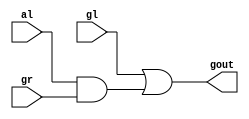
module dot(gl,al,gr,gout);
    input gl,al,gr;
    output gout;
    assign gout=gl|(al&gr);
 
endmodule //dot

module circle(gl,al,gr,ar,gout,aout);
    input gl,al,gr,ar;
    output gout,aout;
    assign gout=gl|(al&gr);
    assign aout=al&ar;
endmodule//circle

module dff(a,clock,q);
    input a,clock;
    output q;
    reg q;
    always@(posedge clock)
    begin 
   	q<=a;
    end
endmodule

module df(a,clock,q);
    input [31:0]a;
    input clock;
    output [31:0]q;
    reg [31:0]q;
    always@(posedge clock)
    begin
   	q<=a;
    end
endmodule

module prefixadder(A,B,cin,sum,cout,clock);
    input [31:0]A,B;
    input cin,clock;
    output[31:0]sum;
    output cout;
   
    wire [31:0]g,a,p;
    wire [129:0]w;
    wire [252:0]d;
    wire[31:0]k,h,i,j;
	
    assign g=A&B;
    assign p=A^B;
    assign a=p|g;
	
    dot b1(g[0],a[0],cin,w[0]);
    circle w1(g[2],a[2],g[1],a[1],w[1],w[2]);
    circle w2(g[4],a[4],g[3],a[3],w[3],w[4]);
    circle w3(g[6],a[6],g[5],a[5],w[5],w[6]);
    dot b2(d[155],d[156],d[0],w[7]);
 
    dff d1(w[0],clock,d[0]);
    dff d2(w[1],clock,d[1]);
    dff d3(w[2],clock,d[2]);
    dff d4(w[3],clock,d[3]);
    dff d5(w[4],clock,d[4]);
    dff d6(w[5],clock,d[5]);
    dff d7(w[6],clock,d[6]);
    dff d156(g[1],clock,d[155]);
    dff d157(a[1],clock,d[156]);
    dff d8(w[7],clock,d[7]);

    
    dot b3(d[1],d[2],d[0],w[8]);
    dff d9(w[8],clock,d[8]);
    
    dff d158(g[5],clock,d[157]);
    dff d159(a[5],clock,d[158]);
    circle w4(d[157],d[158],d[3],d[4],w[9],w[10]);
    dff d10(w[9],clock,d[9]);
    dff d11(w[10],clock,d[10]);
    circle w5(d[5],d[6],d[3],d[4],w[11],w[12]);
    dff d12(w[11],clock,d[11]);
    dff d13(w[12],clock,d[12]);
    
    dff d160(g[3],clock,d[159]);
    dff d161(a[3],clock,d[160]);
    dff d162(d[159],clock,d[161]);
    dff d163(d[160],clock,d[162]);
    dot b4(d[161],d[162],d[8],w[13]);
    dff d14(w[13],clock,d[13]);
    
    dff d208(d[3],clock,d[207]);
    dff d209(d[4],clock,d[208]);
    dot b5(d[207],d[208],d[8],w[14]);
    dff d15(w[14],clock,d[14]);
    
    dot b6(d[9],d[10],d[8],w[15]);
    dff d16(w[15],clock,d[15]);
	dot b7(d[11],d[12],w[8],w[16]);
    dff d17(w[16],clock,d[16]);
    
    circle w6(g[8],a[8],g[7],a[7],w[17],w[18]);
    dff d18(w[17],clock,d[17]);
    dff d19(w[18],clock,d[18]);
    circle w7(g[10],a[10],g[9],a[9],w[19],w[20]);
    dff d20(w[19],clock,d[19]);
    dff d21(w[20],clock,d[20]);
    
    circle w8(g[12],a[12],g[11],a[11],w[21],w[22]);
    dff d22(w[21],clock,d[21]);
    dff d23(w[22],clock,d[22]);

    circle w9(g[14],a[14],g[13],a[13],w[23],w[24]);
    dff d24(w[23],clock,d[23]);
    dff d25(w[24],clock,d[24]);

    circle w10(g[16],a[16],g[15],a[15],w[25],w[26]);
    dff d26(w[25],clock,d[25]);
    dff d27(w[26],clock,d[26]);

    circle w11(g[18],a[18],g[17],a[17],w[27],w[28]);
    dff d28(w[27],clock,d[27]);
    dff d29(w[28],clock,d[28]);

    circle w12(g[20],a[20],g[19],a[19],w[29],w[30]);
    dff d30(w[29],clock,d[29]);
    dff d31(w[30],clock,d[30]);

    circle w13(g[22],a[22],g[21],a[21],w[31],w[32]);
    dff d32(w[31],clock,d[31]);
    dff d33(w[32],clock,d[32]);

    circle w14(g[24],a[24],g[23],a[23],w[33],w[34]);
    dff d34(w[33],clock,d[33]);
    dff d35(w[34],clock,d[34]);

    circle w15(g[26],a[26],g[25],a[25],w[35],w[36]);
    dff d36(w[35],clock,d[35]);
    dff d37(w[36],clock,d[36]);

    circle w16(g[28],a[28],g[27],a[27],w[37],w[38]);
    dff d38(w[37],clock,d[37]);
    dff d39(w[38],clock,d[38]);

    circle w17(g[30],a[30],g[29],a[29],w[39],w[40]);
    dff d40(w[39],clock,d[39]);
    dff d41(w[40],clock,d[40]);
    
    //level 2
    
    dff d164(g[9],clock,d[163]);
    dff d165(a[9],clock,d[164]);
    circle w18(d[163],d[164],d[17],d[18],w[41],w[42]);
    dff d42(w[41],clock,d[41]);
    dff d43(w[42],clock,d[42]);
    
    circle w19(d[19],d[20],d[17],d[18],w[43],w[44]);
    dff d44(w[43],clock,d[43]);
    dff d45(w[44],clock,d[44]);
    
    dff d166(g[13],clock,d[165]);
    dff d167(a[13],clock,d[166]);
    circle w20(d[165],d[166],d[21],d[22],w[45],w[46]);
    dff d46(w[45],clock,d[45]);
    dff d47(w[46],clock,d[46]);

    circle w21(d[23],d[24],d[21],d[22],w[47],w[48]);
    dff d48(w[47],clock,d[47]);
    dff d49(w[48],clock,d[48]);

    dff d168(g[17],clock,d[167]);
    dff d169(a[17],clock,d[168]);
    circle w22(d[167],d[168],d[25],d[26],w[49],w[50]);
    dff d50(w[49],clock,d[49]);
    dff d51(w[50],clock,d[50]);

    circle w23(d[27],d[28],d[25],d[26],w[51],w[52]);
    dff d52(w[51],clock,d[51]);
    dff d53(w[52],clock,d[52]);

    dff d170(g[21],clock,d[169]);
    dff d171(a[21],clock,d[170]);
    circle w24(d[169],d[170],d[29],d[30],w[53],w[54]);
    dff d54(w[53],clock,d[53]);
    dff d55(w[54],clock,d[54]);


    circle w25(d[31],d[32],d[29],d[30],w[55],w[56]);
    dff d56(w[55],clock,d[55]);
    dff d57(w[56],clock,d[56]);
    
    dff d172(g[25],clock,d[171]);
    dff d173(a[25],clock,d[172]);
    circle w26(d[171],d[172],d[33],d[34],w[57],w[58]);
    dff d58(w[57],clock,d[57]);
    dff d59(w[58],clock,d[58]);

    circle w27(d[35],d[36],d[33],d[34],w[59],w[60]);
    dff d60(w[59],clock,d[59]);
    dff d61(w[60],clock,d[60]);

    dff d174(g[29],clock,d[173]);
    dff d175(a[29],clock,d[174]);
    circle w28(d[173],d[174],d[37],d[38],w[61],w[62]);
    dff d62(w[61],clock,d[61]);
    dff d63(w[62],clock,d[62]);

    circle w29(d[39],d[40],d[37],d[38],w[63],w[64]);
    dff d64(w[63],clock,d[63]);
    dff d65(w[64],clock,d[64]);

    //level 3
    
    dff d176(g[11],clock,d[175]);
    dff d177(a[11],clock,d[176]);

    dff d178(d[175],clock,d[177]);
    dff d179(d[176],clock,d[178]);
    circle w30(d[177],d[178],d[43],d[44],w[65],w[66]);
    dff d66(w[65],clock,d[65]);
    dff d67(w[66],clock,d[66]);

    dff d210(d[21],clock,d[209]);
    dff d211(d[21],clock,d[210]);


    circle w31(d[209],d[210],d[43],d[44],w[67],w[68]);
    dff d68(w[67],clock,d[67]);
    dff d69(w[68],clock,d[68]);

    circle w32(d[45],d[46],d[43],d[44],w[69],w[70]);
    dff d70(w[69],clock,d[69]);
    dff d71(w[70],clock,d[70]);

    circle w33(d[47],d[48],d[43],d[44],w[71],w[72]);
    dff d72(w[71],clock,d[71]);
    dff d73(w[72],clock,d[72]);
    
    dff d180(g[19],clock,d[179]);
    dff d181(a[19],clock,d[180]);
    
    dff d182(d[179],clock,d[181]);
    dff d183(d[180],clock,d[182]);
    circle w34(d[181],d[182],d[51],d[52],w[73],w[74]);
    dff d74(w[73],clock,d[73]);
    dff d75(w[74],clock,d[74]);

     dff d212(d[29],clock,d[211]);
     dff d213(d[30],clock,d[212]);

    circle w35(d[211],d[212],d[51],d[52],w[75],w[76]);
    dff d76(w[75],clock,d[75]);
    dff d77(w[76],clock,d[76]);

    circle w36(d[53],d[54],d[51],d[52],w[77],w[78]);
    dff d78(w[77],clock,d[77]);
    dff d79(w[78],clock,d[78]);

    circle w37(d[55],d[56],d[51],d[52],w[79],w[80]);
    dff d80(w[79],clock,d[79]);
    dff d81(w[80],clock,d[80]);
    
    dff d184(g[27],clock,d[183]);
    dff d185(a[27],clock,d[184]);

    dff d186(d[183],clock,d[184]);
    dff d187(d[184],clock,d[186]);
    circle w38(d[184],d[186],d[59],d[60],w[81],w[82]);
    dff d82(w[81],clock,d[81]);
    dff d83(w[82],clock,d[82]);

    dff d214(d[37],clock,d[213]);
    dff d215(d[38],clock,d[214]);

    circle w39(d[213],d[214],d[59],d[60],w[83],w[84]);
    dff d84(w[83],clock,d[83]);
    dff d85(w[84],clock,d[84]);

    circle w40(d[61],d[62],d[59],d[60],w[85],w[86]);
    dff d86(w[85],clock,d[85]);
    dff d87(w[86],clock,d[86]);

    circle w41(d[63],d[64],d[59],d[60],w[87],w[88]);
    dff d88(w[87],clock,d[87]);
    dff d89(w[88],clock,d[88]);

    //level 4
    dff d188(g[7],clock,d[187]);
    dff d189(a[7],clock,d[188]);
    
    dff d190(d[187],clock,d[189]);
    dff d191(d[188],clock,d[190]);

    dff d192(d[189],clock,d[191]);
    dff d193(d[190],clock,d[192]);
    dot b8(d[191],d[192],d[16],w[89]);
    dff d90(w[89],clock,d[89]);
    
    dff d216(d[17],clock,d[215]);
    dff d217(d[18],clock,d[216]);

    dff d218(d[215],clock,d[217]);
    dff d219(d[216],clock,d[218]);
    dot b9(d[217],d[218],d[16],w[90]);
    dff d91(w[90],clock,d[90]);
     
    dff d220(d[41],clock,d[219]);
    dff d221(d[42],clock,d[220]);
    dot b10(d[219],d[220],d[16],w[91]);
    dff d92(w[91],clock,d[91]);
    
    dff d222(d[43],clock,d[221]);
    dff d223(d[44],clock,d[222]);
    dot b11(d[221],d[222],d[16],w[92]);
    dff d93(w[92],clock,d[92]);

    dot b12(d[65],d[66],d[16],w[93]);
    dff d94(w[93],clock,d[93]);

    dot b13(d[67],d[68],d[16],w[94]);
    dff d95(w[94],clock,d[94]);

    dot b14(d[69],d[70],d[16],w[95]);
    dff d96(w[95],clock,d[95]);

    dot b15(d[71],d[72],d[16],w[96]);
    dff d97(w[96],clock,d[96]);
    
    dff d194(g[23],clock,d[193]);
    dff d195(a[23],clock,d[194]);

    dff d196(d[193],clock,d[195]);
    dff d197(d[194],clock,d[196]);

    dff d198(d[195],clock,d[197]);
    dff d199(d[196],clock,d[198]);
    circle w42(d[197],d[198],d[79],d[80],w[97],w[98]);
    dff d98(w[97],clock,d[97]);
    dff d99(w[98],clock,d[98]);
   
    dff d224(d[33],clock,d[223]);
    dff d225(d[34],clock,d[224]);

    dff d226(d[223],clock,d[224]);
    dff d227(d[224],clock,d[226]);
    circle w43(d[33],d[34],d[79],d[80],w[99],w[100]);
    dff d100(w[99],clock,d[99]);
    dff d101(w[100],clock,d[100]);
    
    dff d228(d[57],clock,d[227]);
    dff d229(d[58],clock,d[228]);
    circle w44(d[227],d[228],d[79],d[80],w[101],w[102]);
    dff d102(w[101],clock,d[101]);
    dff d103(w[102],clock,d[102]);
    
    dff d230(d[59],clock,d[229]);
    dff d231(d[60],clock,d[230]);
    circle w45(d[229],d[230],d[79],d[80],w[103],w[104]);
    dff d104(w[103],clock,d[103]);
    dff d105(w[104],clock,d[104]);
    
    circle w46(d[81],d[82],d[79],d[80],w[105],w[106]);
    dff d106(w[105],clock,d[105]);
    dff d107(w[106],clock,d[106]);

    circle w47(d[83],d[84],d[79],d[80],w[107],w[108]);
    dff d108(w[107],clock,d[107]);
    dff d109(w[108],clock,d[108]);
    circle w48(d[85],d[86],d[79],d[80],w[109],w[110]);
    dff d110(w[109],clock,d[109]);
    dff d111(w[110],clock,d[110]);
    circle w49(d[87],d[88],d[79],d[80],w[111],w[112]);
    dff d112(w[111],clock,d[111]);
    dff d113(w[112],clock,d[112]);
    //level 5
    dff d200(g[13],clock,d[199]);
    dff d201(a[13],clock,d[200]);
    
    dff d202(d[199],clock,d[201]);
    dff d203(d[200],clock,d[202]);
   
    dff d204(d[201],clock,d[203]);
    dff d205(d[202],clock,d[204]);
    
    dff d206(d[203],clock,d[205]);
    dff d207(d[204],clock,d[206]);
    dot b16(d[205],d[206],d[96],w[113]);
    

    dff d232(d[25],clock,d[231]);
    dff d233(d[26],clock,d[232]);

    dff d234(d[231],clock,d[233]);
    dff d235(d[232],clock,d[234]);
    
    dff d236(d[233],clock,d[235]);
    dff d237(d[234],clock,d[236]);
    dot b17(d[235],d[236],d[96],w[114]);
     
    dff d238(d[49],clock,d[237]);
    dff d239(d[50],clock,d[238]);

    dff d240(d[237],clock,d[239]);
    dff d241(d[238],clock,d[240]);
    dot b18(d[239],d[240],d[96],w[115]);
     

    dff d242(d[51],clock,d[241]);
    dff d243(d[52],clock,d[242]);

    dff d244(d[241],clock,d[243]);
    dff d245(d[242],clock,d[244]);
    dot b19(d[243],d[244],d[96],w[116]);
     

    dff d246(d[73],clock,d[245]);
    dff d247(d[74],clock,d[246]);
    dot b20(d[245],d[246],d[96],w[117]);
     
    
    dff d248(d[75],clock,d[247]);
    dff d249(d[76],clock,d[248]);
    dot b21(d[247],d[248],d[96],w[118]);
     

    dff d250(d[77],clock,d[249]);
    dff d251(d[78],clock,d[250]);
    dot b22(d[77],d[78],d[96],w[119]);
     

    dff d252(d[79],clock,d[251]);
    dff d253(d[80],clock,d[252]);
    dot b23(d[251],d[252],d[96],w[120]);
     
    dot b24(d[97],d[98],d[96],w[121]);
     
    dot b25(d[99],d[100],d[96],w[122]);
     
    dot b26(d[101],d[102],d[96],w[123]);
     
    dot b27(d[103],d[104],d[96],w[124]);
     
    dot b28(d[105],d[106],d[96],w[125]);
        
    dot b29(d[107],d[108],d[96],w[126]);
    
    dot b30(d[109],d[110],d[96],w[127]);
     
    dot b31(d[111],d[112],d[96],w[128]);
     
    
    dff d140(cin,clock,d[139]);
    dff d141(d[139],clock,d[140]);
    dff d142(d[140],clock,d[141]);
    dff d143(d[141],clock,d[142]);
     

    df e1(p,clock,k);
    df e2(k,clock,h);
    df e3(h,clock,i);
    df e4(i,clock,j);
    assign sum[0]=j[0]^d[142];
    
    dff d145(d[0],clock,d[144]);
    dff d146(d[144],clock,d[145]);
    dff d147(d[145],clock,d[146]);


    assign sum[1]=j[1]^d[146];
    
    dff d148(d[7],clock,d[147]);
    dff d149(d[147],clock,d[148]);
    assign sum[2]=j[2]^d[148];
    
    dff d150(d[8],clock,d[149]);
    dff d151(d[149],clock,d[150]); 
    assign sum[3]=j[3]^d[150];
	
    dff d152(d[13],clock,d[151]);
    assign sum[4]=j[4]^d[151];

    dff d153(d[14],clock,d[152]);
	assign sum[5]=j[5]^d[152];

    dff d154(d[15],clock,d[153]);
	assign sum[6]=j[6]^d[153];

    dff d155(d[16],clock,d[154]);
	assign sum[7]=j[7]^d[154];
    
     
	assign sum[8]=j[8]^d[89];
	assign sum[9]=j[9]^d[90];
	assign sum[10]=j[10]^d[91];
	assign sum[11]=j[11]^d[92];
	assign sum[12]=j[12]^d[93];
	assign sum[13]=j[13]^d[94];
	assign sum[14]=j[14]^d[95];
	assign sum[15]=j[15]^d[96];
	assign sum[16]=j[16]^w[113];
	assign sum[17]=j[17]^w[114];
	assign sum[18]=j[18]^w[115];
	assign sum[19]=j[19]^w[116];
	assign sum[20]=j[20]^w[117];
	assign sum[21]=j[21]^w[118];
	assign sum[22]=j[22]^w[119];
	assign sum[23]=j[23]^w[120];
	assign sum[24]=j[24]^w[121];
	assign sum[25]=j[25]^w[122];
	assign sum[26]=j[26]^w[123];
	assign sum[27]=j[27]^w[124];
	assign sum[28]=j[28]^w[125];
	assign sum[29]=j[29]^w[126];
	assign sum[30]=j[30]^w[127];
	assign sum[31]=j[31]^w[128];
    
    dff d130(g[31],clock,d[129]);
    dff d131(a[31],clock,d[130]);
    
    dff d132(d[129],clock,d[131]);
    dff d133(d[130],clock,d[132]);
    
    dff d134(d[131],clock,d[133]);
    dff d135(d[132],clock,d[134]);
    
    dff d136(d[133],clock,d[135]);
    dff d137(d[134],clock,d[136]);
    
    
    
    

	dot b32(d[135],d[136],w[128],w[129]);
	assign cout=w[129]; 


endmodule//prefixadder